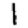
Digit: 1